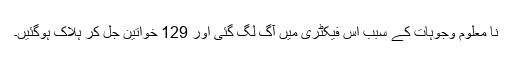
نا معلوم وجوہات کے سبب اس فیکٹری میں آگ لگ گئی اور 129 خواتین جل کر ہلاک ہوگئیں۔